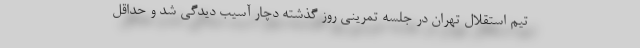
تیم استقلال تهران در جلسه تمرینی روز گذشته دچار آسیب دیدگی شد و حداقل